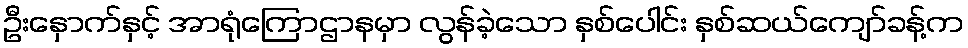
ဦးနှောက်နှင့် အာရုံကြောဌာနမှာ လွန်ခဲ့သော နှစ်ပေါင်း နှစ်ဆယ်ကျော်ခန့်က